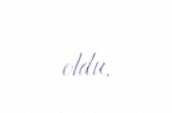
oldu.